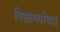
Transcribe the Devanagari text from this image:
विद्यार्थ्‍यांच्‍या